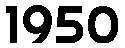
1950